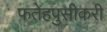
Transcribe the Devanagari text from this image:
फतेहपुसीकरी